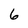
Character: 6